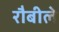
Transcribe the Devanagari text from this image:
रौबीले